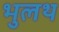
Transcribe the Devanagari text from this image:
भुलथ